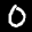
Label: 0